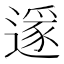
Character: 𨖡